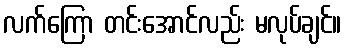
လက်ကြော တင်းအောင်လည်း မလုပ်ချင်။